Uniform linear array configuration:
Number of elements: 24
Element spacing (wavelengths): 0.25
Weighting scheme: blackman
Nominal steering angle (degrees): -60
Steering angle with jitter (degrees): -58.085
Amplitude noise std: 0.05
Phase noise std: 0.05

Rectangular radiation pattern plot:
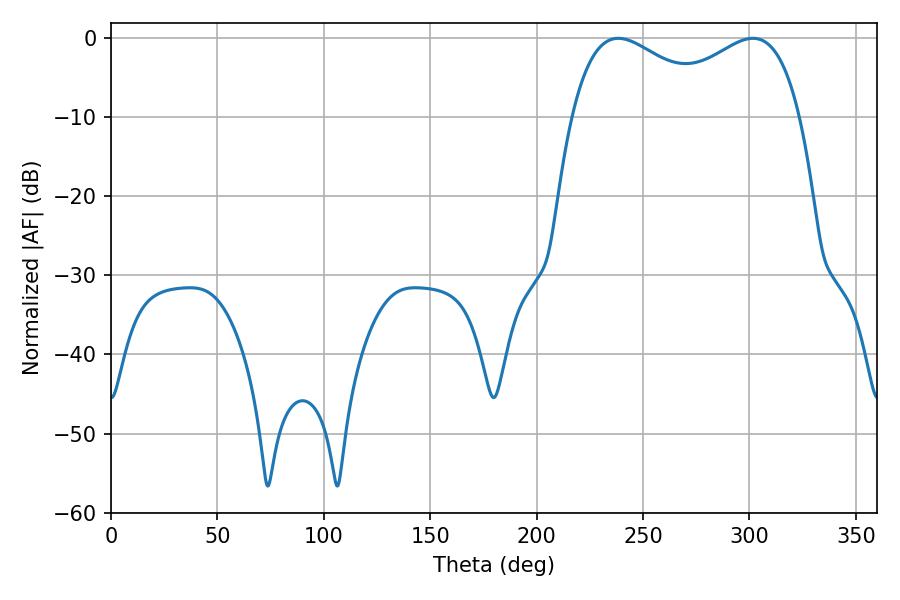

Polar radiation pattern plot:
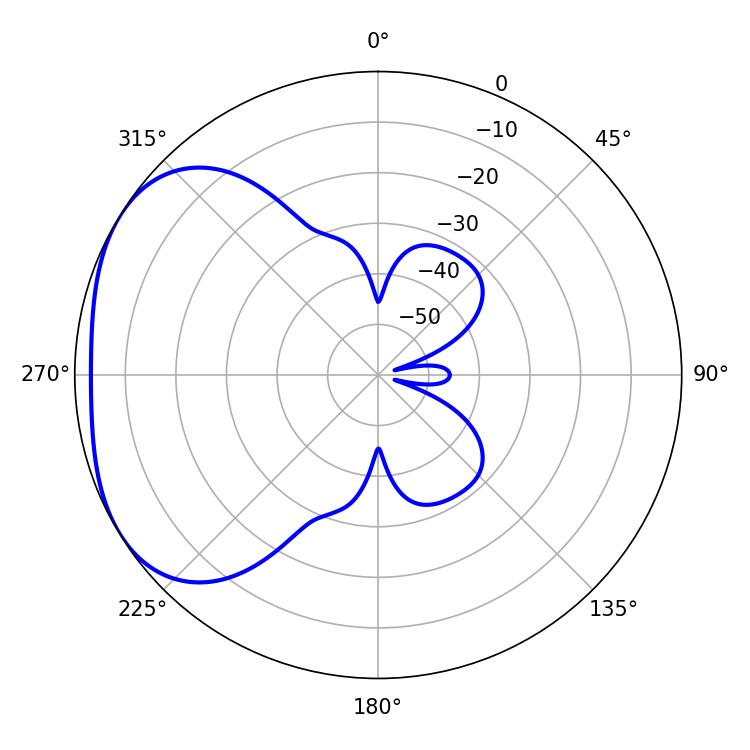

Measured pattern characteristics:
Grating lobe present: FALSE
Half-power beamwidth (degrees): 39.42
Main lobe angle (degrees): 238.32